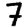
Digit: 7